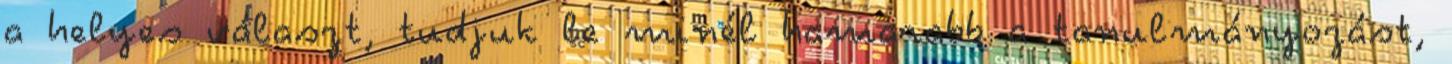
a helyes választ, tudjuk le minél hamarabb a tanulmányozást,